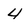
Character: 4